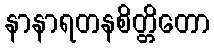
နာနာရတနစိတ္တိတော